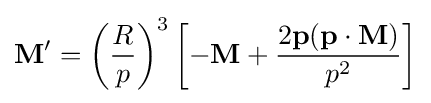
\mathbf {M} '=\left({\frac {R}{p}}\right)^{3}\left[-\mathbf {M} +{\frac {2\mathbf {p} (\mathbf {p} \cdot \mathbf {M} )}{p^{2}}}\right]